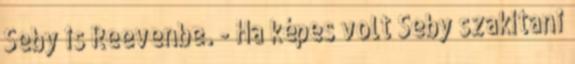
Seby is Reevenbe. - Ha képes volt Seby szakítani